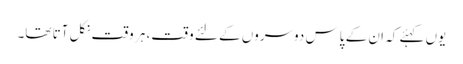
یوں کہئے کہ ان کے پاس دوسروں کے لئے وقت، ہر وقت نکل آتا تھا۔